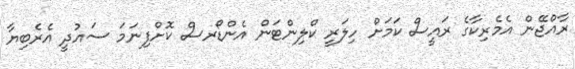
ރާއްޖޭން އެމެރިކާގެ ރައީސް ކަމަށް ހިލަރީ ކްލިންޓަން އެންޑޯރސް ކޮށްފިނަމަ ސައުދީ އެރެބިޔާ